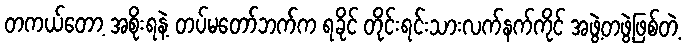
တကယ်တော့ အစိုးရနဲ့ တပ်မတော်ဘက်က ရခိုင် တိုင်းရင်းသားလက်နက်ကိုင် အဖွဲ့တဖွဲ့ဖြစ်တဲ့